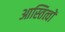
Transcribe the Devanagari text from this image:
आस्तित्वों